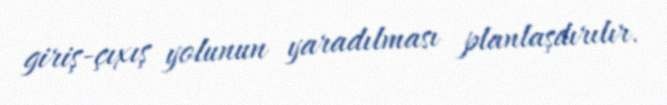
giriş-çıxış yolunun yaradılması planlaşdırılır.